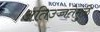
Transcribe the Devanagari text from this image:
अतिउच्चतेमुळे